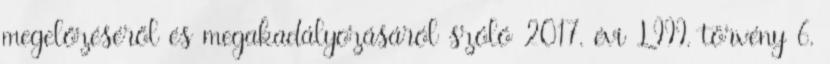
megelőzéséről és megakadályozásáról szóló 2017. évi LIII. törvény 6.